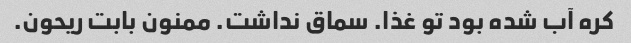
کره آب شده بود تو غذا. سماق نداشت. ممنون بابت ریحون.